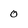
Character: 0